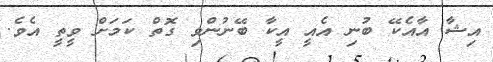
އިޝާ އާއެކޭ ބުނި އެއީ އީކާ ބޭނުންވި ގޮތް ކަމަށް ވީތީ އެވެ.